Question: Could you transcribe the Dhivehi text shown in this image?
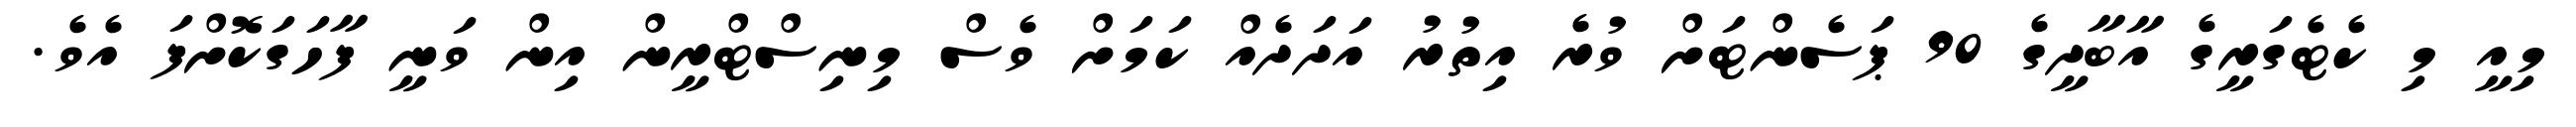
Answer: މިއީ މި ކެޓެގަރީގެ އާބާދީގެ 90 ޕަސެންޓަށް ވުރެ އިތުރު އަދަދެއް ކަމަށް ވެސް މިނިސްޓްރީން އިން ވަނީ ފާހަގަކޮށްފަ އެވެ.